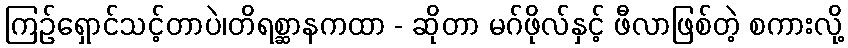
ကြဉ်ရှောင်သင့်တာပဲ၊တိရစ္ဆာနကထာ - ဆိုတာ မဂ်ဖိုလ်နှင့် ဖီလာဖြစ်တဲ့ စကားလို့